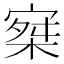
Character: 𡩣